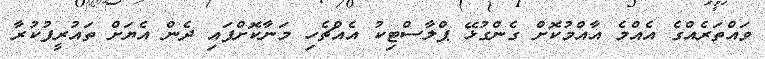
ވައްތަރެއްގެ އެއްމެ އާއްމުކޮށް ގެންގުޅޭ ޕްލާސްޓިކު އެއްޗެހި މަނާކޮށްފައި ދެން އެޔަށް ތައުރީފުކުރާ